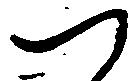
つ